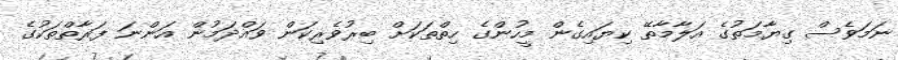
ނަމަވެސް ގިޔާމަތުގެ އަލާމާތޭ ކިޔައިގެން މީހުންގެ ހިތްތަކަށް ބިރުވެރިކަން ވައްދަމުން އަންނަ ފަރާތްތަކުގެ